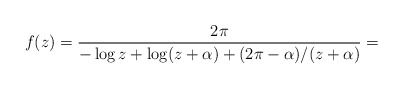
\begin{align*}f(z)=\frac{2\pi}{-\log z+\log(z+\alpha)+(2\pi-\alpha)/(z+\alpha)}= \end{align*}